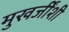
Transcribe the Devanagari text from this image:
मुखर्जींशी